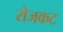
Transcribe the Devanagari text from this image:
रोजकट